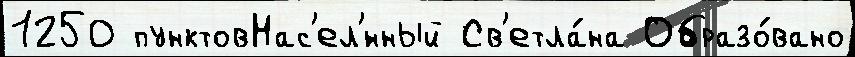
1250 пунктовНас'ел'́нный Св'етла́на Образо́вано